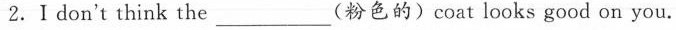
2. I don't think the ___(粉色的) coat looks good on you.